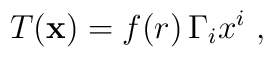
T({\bf x}) = f(r) \, \Gamma_i x^i~,